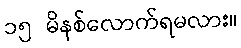
၁၅ မိနစ်လောက်ရမလား။